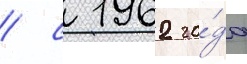
/ с 1962 го́да